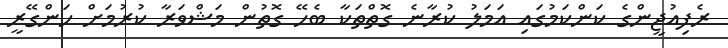
ރެފިއުޖީންގެ ކަންކަމުގައި އަމަލު ކުރާނެ ގޮތްތަކާ ބެހޭ ގޮތުން މަޝްވަރާ ކުރުމަށް ހަންގޭރީ